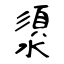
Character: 澃